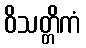
ဝိသတ္တိကံ